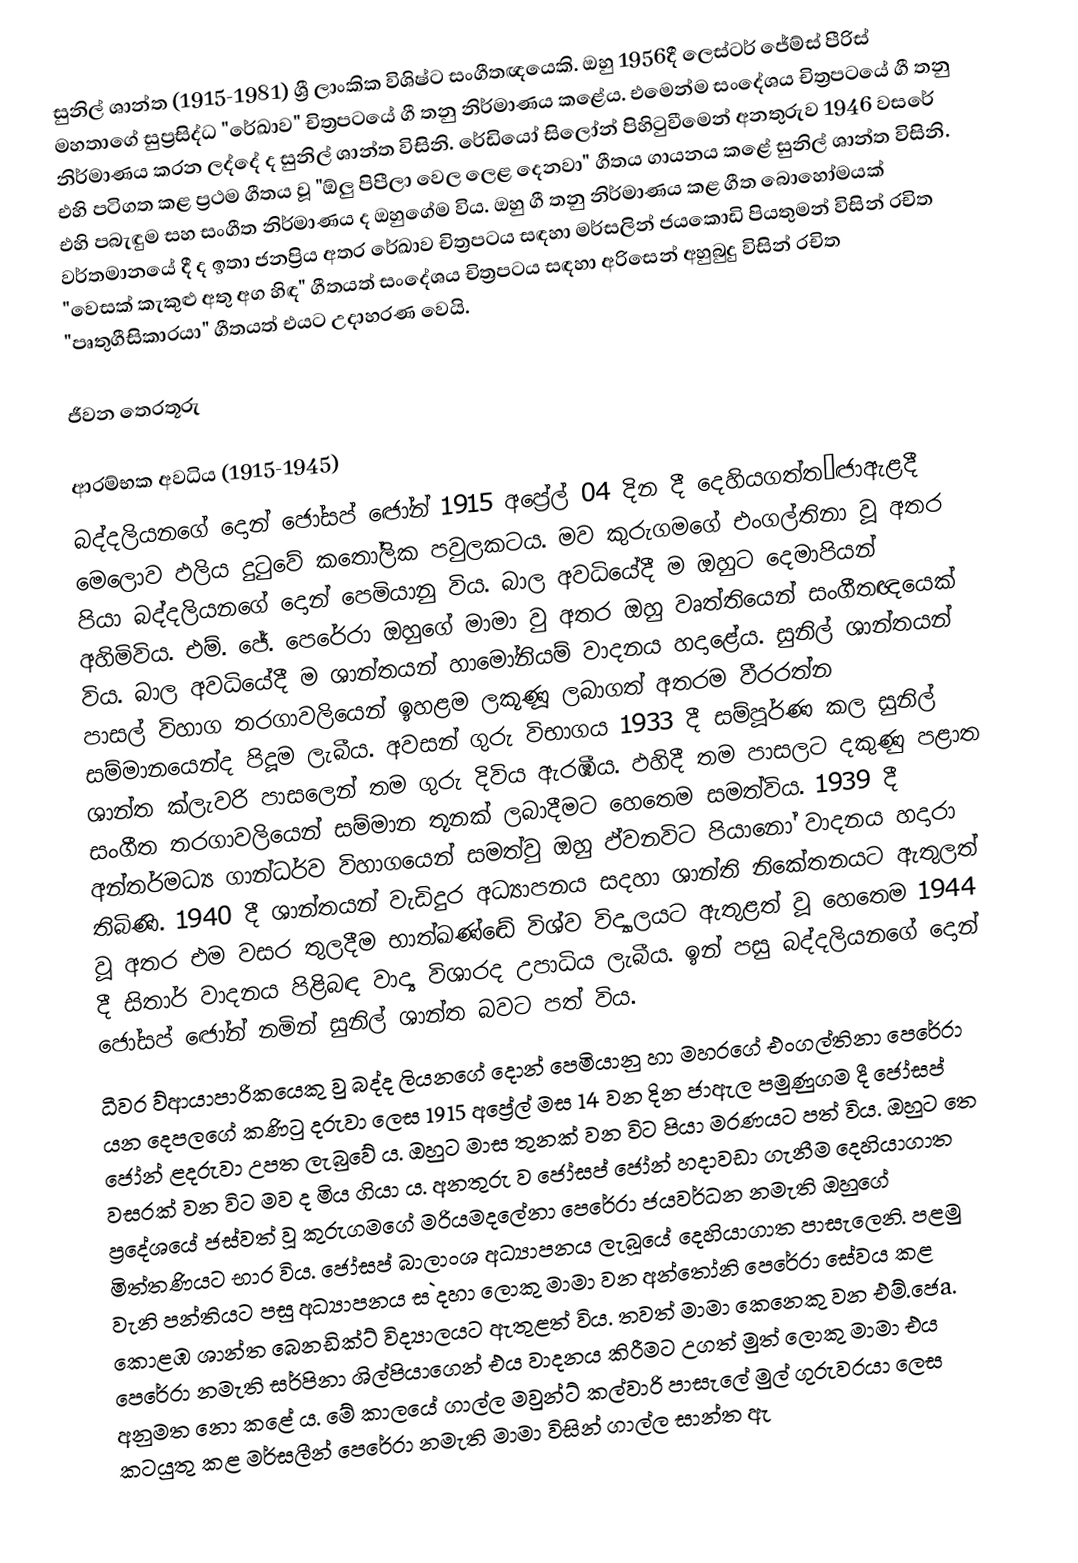
සුනිල් ශාන්ත (1915-1981) ශ්‍රී ලාංකික විශිෂ්ට සංගීතඥයෙකි. ඔහු 1956දී ලෙස්ටර් ජේම්ස් පීරිස් මහතාගේ සුප්‍රසිද්ධ "රේඛාව" චිත්‍රපටයේ ගී තනු නිර්මාණය කළේය. එමෙන්ම සංදේශය චිත්‍රපටයේ ගී තනු නිර්මාණය කරන ලද්දේ ද සුනිල් ශාන්ත විසිනි. රේඩියෝ සිලෝන් පිහිටුවීමෙන් අනතුරුව 1946 වසරේ එහි පටිගත කළ ප්‍රථම ගීතය වූ "ඕලු පිපීලා වෙල ලෙළ දෙනවා" ගීතය ගායනය කළේ සුනිල් ශාන්ත විසිනි. එහි පබැඳුම සහ සංගීත නිර්මාණය ද ඔහුගේම විය. ඔහු ගී තනු නිර්මාණය කළ ගීත බොහෝමයක් වර්තමානයේ දී ද ඉතා ජනප්‍රිය අතර රේඛාව චිත්‍රපටය සඳහා මර්සලින් ජයකොඩි පියතුමන් විසින් රචිත "වෙසක් කැකුළු අතු අග හිඳ" ගීතයත් සංදේශය චිත්‍රපටය සඳහා අරිසෙන් අහුබුදු විසින් රචිත "පෘතුගීසිකාරයා" ගීතයත් එයට උදාහරණ වෙයි.

ජීවන තෙරතූරු

ආරම්භක අවධිය (1915-1945)
බද්දලියනගේ දොන් ජෝසප් ඦෝන් 1915 අප්‍රේල් 04 දින දී දෙහියගත්ත¸ඦාඇළදී මෙලොව ඵලිය දුටුවේ කතෝලික පවුලකටය. මව කුරුගමගේ එංගල්තිනා වූ අතර පියා බද්දලියනගේ දොන් පෙමියානු විය. බාල අවධියේදී ම ඔහුට දෙමාපියන් අහිමිවිය. එම්. ජේ. පෙරේරා ඔහුගේ මාමා වු අතර ඔහු වෘත්තියෙන් සංගීතඥයෙක් විය. බාල අවධියේදී ම ශාන්තයන් හාමෝනියම් වාදනය හදාළේය. සුනිල් ශාන්තයන් පාසල් විහාග තරගාවලියෙන් ඉහළම ලකූණූ ලබාගත් අතරම වීරරත්න සම්මානයෙන්ද පිදූම ලැබීය. අවසන් ගුරු විභාගය 1933  දී සම්පූර්ණ කල සුනිල් ශාන්ත ක්ලැවරි පාසලෙන් තම ගුරු දිවිය ඇරඹීය. ඵහිදී තම පාසලට දකුණු පළාත සංගීත තරගාවලියෙන් සම්මාන තූනක්  ලබාදීමට හෙතෙම සමත්විය. 1939 දී අන්තර්මධ්‍ය ගාන්ධර්ව විහාගයෙන් සමත්වු ඔහු ඵ්වනවිට පියානෝ වාදනය හදාරා තිබිණි. 1940 දී ශාන්තයන් වැඩිදුර අධ්‍යාපනය සදහා ශාන්ති නිකේතනයට ඇතුලත් වූ අතර එම වසර තුලදීම භාත්ඛණ්ඬේ විශ්ව විද්‍යාලයට ඇතුළත් වූ හෙතෙම 1944 දී සිතාර් වාදනය පිළිබඳ වාද්‍ය විශාරද උපාධිය ලැබීය. ඉන් පසු  බද්දලියනගේ දොන් ජෝසප් ඦෝන් නමින් සුනිල් ශාන්ත බවට පත් විය.
‍ධීවර ව්ආයා‍පාරිකයෙකු වු බද්ද ලියනගේ දොන් පෙමියානු හා මහරගේ එංගල්තිනා පෙරේරා යන දෙපලගේ කණිටු දරුවා ලෙස 1915 අප්‍රේල් මස 14 වන දින ජාඇල පමුණුගම දී ජෝසප් ජෝන් ළදරුවා උපත ලැබුවේ ය. ඔහුට මාස තුනක් වන විට පියා මරණයට පත් විය. ඔහුට තෙ වසරක් වන විට මව ද මිය ගියා ය. අනතුරු ව ජෝසප් ජෝන් හදාවඩා ගැනීම දෙහියාගාත ප්‍රදේශයේ ජස්වත් වූ කුරුගමගේ මරියමදලේනා පෙරේරා ජයවර්ධන නමැති ඔහුගේ මිත්තණියට භාර විය. ජෝසප් බාලාංශ අධ්‍යාපනය ලැබූයේ දෙහියාගාත පාසැලෙනි. පළමු වැනි පන්තියට පසු අධ්‍යාපනය ස`දහා ලොකු මාමා වන අන්තෝනි පෙරේරා සේවය කළ කොළඹ ශාන්ත බෙනඩික්ට් විද්‍යාලයට ඇතුළත් විය. තවත් මාමා කෙනෙකු වන එම්.ජෙa. පෙරේරා නමැති සර්පිනා ශිල්පියාගෙන් එය වාදනය කිරීමට උගත් මුත් ලොකු මාමා එය අනුමත නො කළේ ය. මේ කාලයේ ගාල්ල මවුන්ට් කල්වාරි පාසැලේ මුල් ගුරුවරයා ලෙස කටයුතු කළ මර්සලීන් පෙරේරා නමැති මාමා විසින් ගාල්ල සාන්ත ඇ